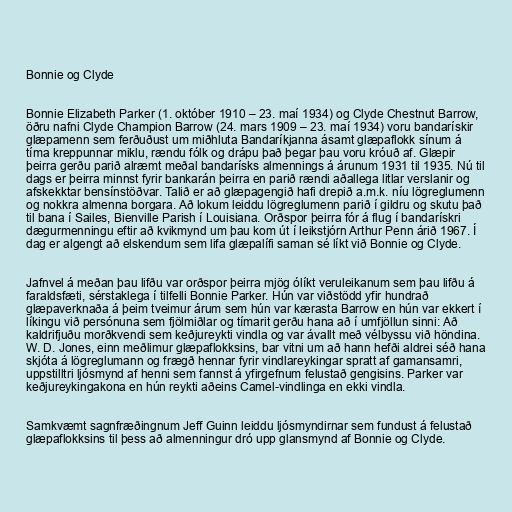
Bonnie og Clyde

Bonnie Elizabeth Parker (1. október 1910 – 23. maí 1934) og Clyde Chestnut Barrow,
öðru nafni Clyde Champion Barrow (24. mars 1909 – 23. maí 1934) voru bandarískir
glæpamenn sem ferðuðust um miðhluta Bandaríkjanna ásamt glæpaflokk sínum á
tíma kreppunnar miklu, rændu fólk og drápu það þegar þau voru króuð af. Glæpir
þeirra gerðu parið alræmt meðal bandarísks almennings á árunum 1931 til 1935. Nú til
dags er þeirra minnst fyrir bankarán þeirra en parið rændi aðallega litlar verslanir og
afskekktar bensínstöðvar. Talið er að glæpagengið hafi drepið a.m.k. níu lögreglumenn
og nokkra almenna borgara. Að lokum leiddu lögreglumenn parið í gildru og skutu það
til bana í Sailes, Bienville Parish í Louisiana. Orðspor þeirra fór á flug í bandarískri
dægurmenningu eftir að kvikmynd um þau kom út í leikstjórn Arthur Penn árið 1967. Í
dag er algengt að elskendum sem lifa glæpalífi saman sé líkt við Bonnie og Clyde.

Jafnvel á meðan þau lifðu var orðspor þeirra mjög ólíkt veruleikanum sem þau lifðu á
faraldsfæti, sérstaklega í tilfelli Bonnie Parker. Hún var viðstödd yfir hundrað
glæpaverknaða á þeim tveimur árum sem hún var kærasta Barrow en hún var ekkert í
líkingu við persónuna sem fjölmiðlar og tímarit gerðu hana að í umfjöllun sinni: Að
kaldrifjuðu morðkvendi sem keðjureykti vindla og var ávallt með vélbyssu við höndina.
W. D. Jones, einn meðlimur glæpaflokksins, bar vitni um að hann hefði aldrei séð hana
skjóta á lögreglumann og frægð hennar fyrir vindlareykingar spratt af gamansamri,
uppstilltri ljósmynd af henni sem fannst á yfirgefnum felustað gengisins. Parker var
keðjureykingakona en hún reykti aðeins Camel-vindlinga en ekki vindla.

Samkvæmt sagnfræðingnum Jeff Guinn leiddu ljósmyndirnar sem fundust á felustað
glæpaflokksins til þess að almenningur dró upp glansmynd af Bonnie og Clyde.